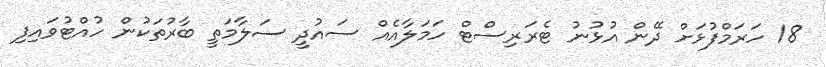
18 ހަރަމްފުޅަށް ދޭން އުޅުނު ޓެރަރިސްޓް ހަމަލާއެއް ސައުދީ ސަލާމަތީ ބާރުތަކުން ހުއްޓުވައިފި